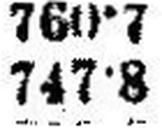
747•8